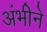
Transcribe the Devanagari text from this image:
अंभीने